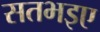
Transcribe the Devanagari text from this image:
सतभइए